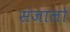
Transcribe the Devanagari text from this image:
संजालो